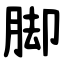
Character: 脚